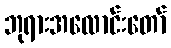
ဘုရားအလောင်းတော်